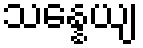
သန္နေယျ